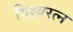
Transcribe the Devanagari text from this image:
विश्र्वरत्न